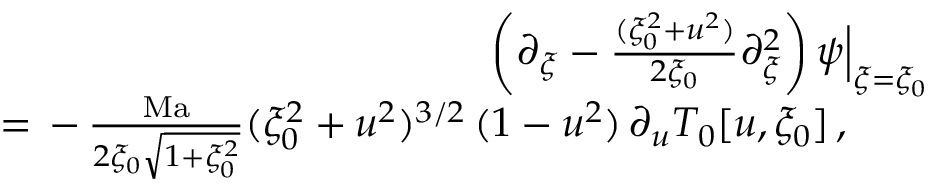
\begin{array} { r l r } & { } & { { \left( \partial _ { \xi } - \frac { ( \xi _ { 0 } ^ { 2 } + u ^ { 2 } ) } { 2 \xi _ { 0 } } \partial _ { \xi } ^ { 2 } \right) { \psi } } \Big \vert _ { \xi = \xi _ { 0 } } } \\ & { } & { = \, - \, \frac { \mathrm { M a } } { 2 \xi _ { 0 } \sqrt { 1 + \xi _ { 0 } ^ { 2 } } } ( \xi _ { 0 } ^ { 2 } + u ^ { 2 } ) ^ { 3 / 2 } \, ( 1 - u ^ { 2 } ) \, \partial _ { u } T _ { 0 } [ u , \xi _ { 0 } ] \, , \qquad } \end{array}